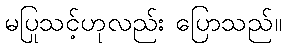
မပြုသင့်ဟုလည်း ပြောသည်။